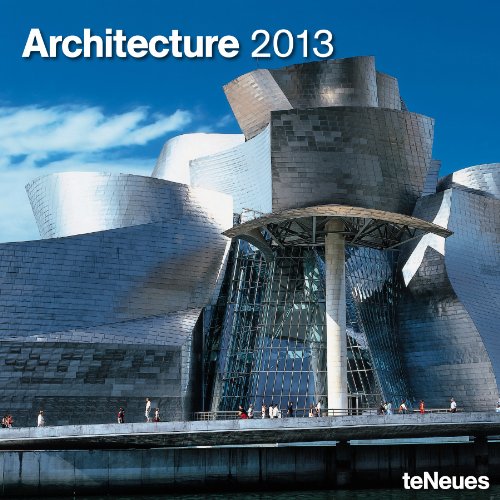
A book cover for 2013 Architecture Wall Calendar; teNeues; Calendars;